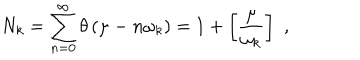
N _ { k } = \sum _ { n = 0 } ^ { \infty } \theta \left( \mu - n \omega _ { k } \right) = 1 + \left[ \frac { \mu } { \omega _ { k } } \right] \, \, ,